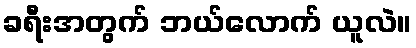
ခရီးအတွက် ဘယ်လောက် ယူလဲ။